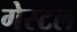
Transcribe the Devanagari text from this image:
गेस्टल